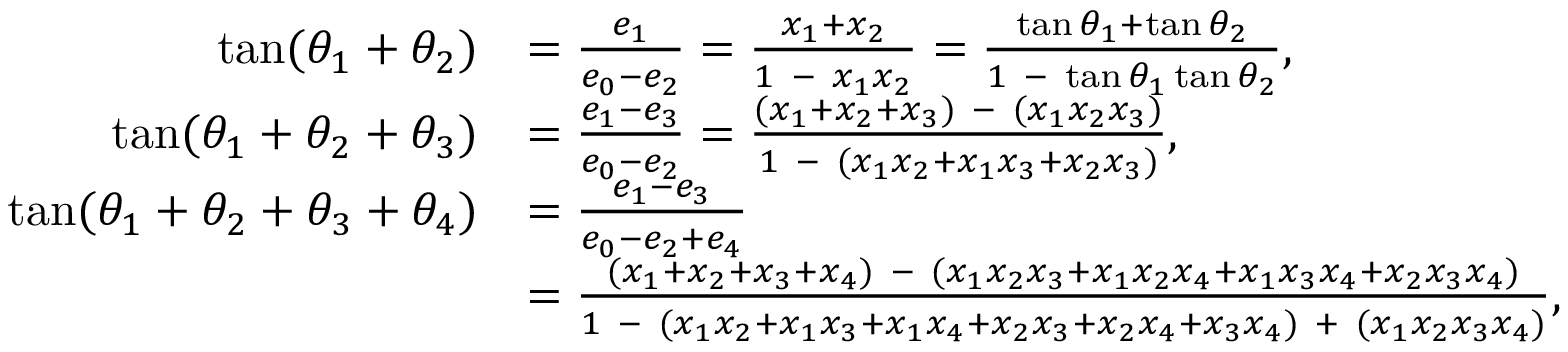
{ \begin{array} { r l } { \tan ( \theta _ { 1 } + \theta _ { 2 } ) } & { = { \frac { e _ { 1 } } { e _ { 0 } - e _ { 2 } } } = { \frac { x _ { 1 } + x _ { 2 } } { 1 \ - \ x _ { 1 } x _ { 2 } } } = { \frac { \tan \theta _ { 1 } + \tan \theta _ { 2 } } { 1 \ - \ \tan \theta _ { 1 } \tan \theta _ { 2 } } } , } \\ { \tan ( \theta _ { 1 } + \theta _ { 2 } + \theta _ { 3 } ) } & { = { \frac { e _ { 1 } - e _ { 3 } } { e _ { 0 } - e _ { 2 } } } = { \frac { ( x _ { 1 } + x _ { 2 } + x _ { 3 } ) \ - \ ( x _ { 1 } x _ { 2 } x _ { 3 } ) } { 1 \ - \ ( x _ { 1 } x _ { 2 } + x _ { 1 } x _ { 3 } + x _ { 2 } x _ { 3 } ) } } , } \\ { \tan ( \theta _ { 1 } + \theta _ { 2 } + \theta _ { 3 } + \theta _ { 4 } ) } & { = { \frac { e _ { 1 } - e _ { 3 } } { e _ { 0 } - e _ { 2 } + e _ { 4 } } } } \\ & { = { \frac { ( x _ { 1 } + x _ { 2 } + x _ { 3 } + x _ { 4 } ) \ - \ ( x _ { 1 } x _ { 2 } x _ { 3 } + x _ { 1 } x _ { 2 } x _ { 4 } + x _ { 1 } x _ { 3 } x _ { 4 } + x _ { 2 } x _ { 3 } x _ { 4 } ) } { 1 \ - \ ( x _ { 1 } x _ { 2 } + x _ { 1 } x _ { 3 } + x _ { 1 } x _ { 4 } + x _ { 2 } x _ { 3 } + x _ { 2 } x _ { 4 } + x _ { 3 } x _ { 4 } ) \ + \ ( x _ { 1 } x _ { 2 } x _ { 3 } x _ { 4 } ) } } , } \end{array} }